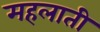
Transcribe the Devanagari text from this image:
महलाती